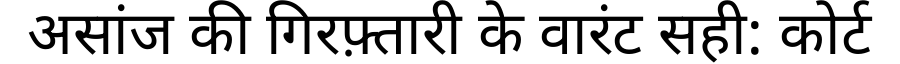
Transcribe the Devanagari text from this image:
असांज की गिरफ़्तारी के वारंट सही: कोर्ट